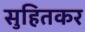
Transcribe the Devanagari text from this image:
सुहितकर